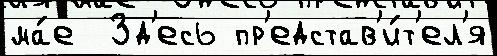
ма́е  Зд'есь пр'едстав'и́т'ел'я